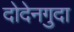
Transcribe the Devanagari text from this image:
दोदेनगुदा